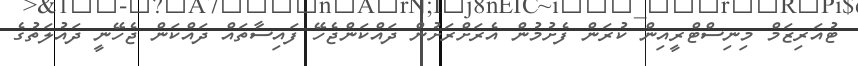
ޓުއަރިޒަމް މިނިސްޓްރީއިން ކުރަން ފެށުމުން އެރަށްރަށުން ދައްކަންޖެހޭ ފައިސާތައް ދައްކަން ޖެހޭނީ ދައުލަތުގެ